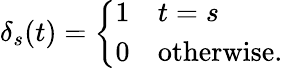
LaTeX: \delta_{s}(t)={\left\{ \begin{array}{ll}{1}&{t=s}\\ {0}&{{\mathrm{otherwise.}}}\end{array}\right.}